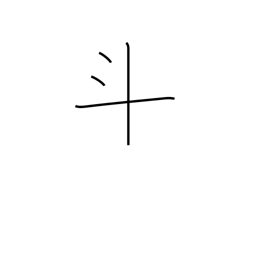
Meaning: dots and cross radical (no. 68)